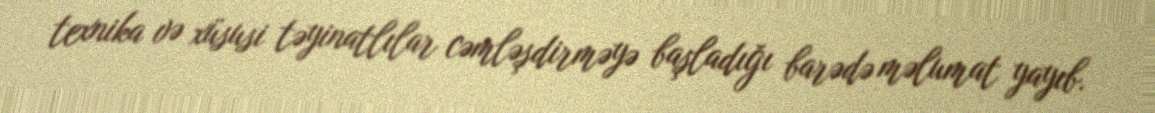
texnika və xüsusi təyinatlılar cəmləşdirməyə başladığı barədə məlumat yayıb.